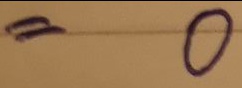
= 0